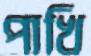
পাখি